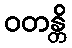
ဝတန္တိ